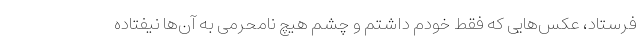
فرستاد، عکس‌هایی که فقط خودم داشتم و چشم هیچ نامحرمی به آن‌ها نیفتاده